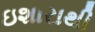
ઇશારાથી